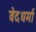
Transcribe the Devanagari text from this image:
वेदधर्मा